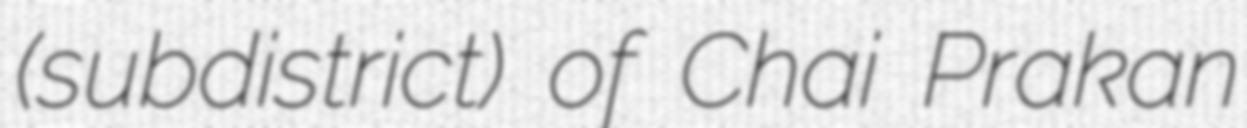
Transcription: (subdistrict) of Chai Prakan